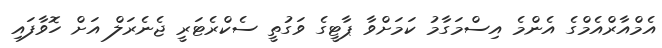
އެމްއާރްއެމްގެ އެންމެ އިސްމަގާމު ކަމަށްވާ ޕާޓީގެ ވަގުތީ ސެކްރެޓަރީ ޖެނެރަލް އަށް ހޮވާފައި